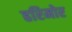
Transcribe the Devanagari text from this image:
हरिमोर